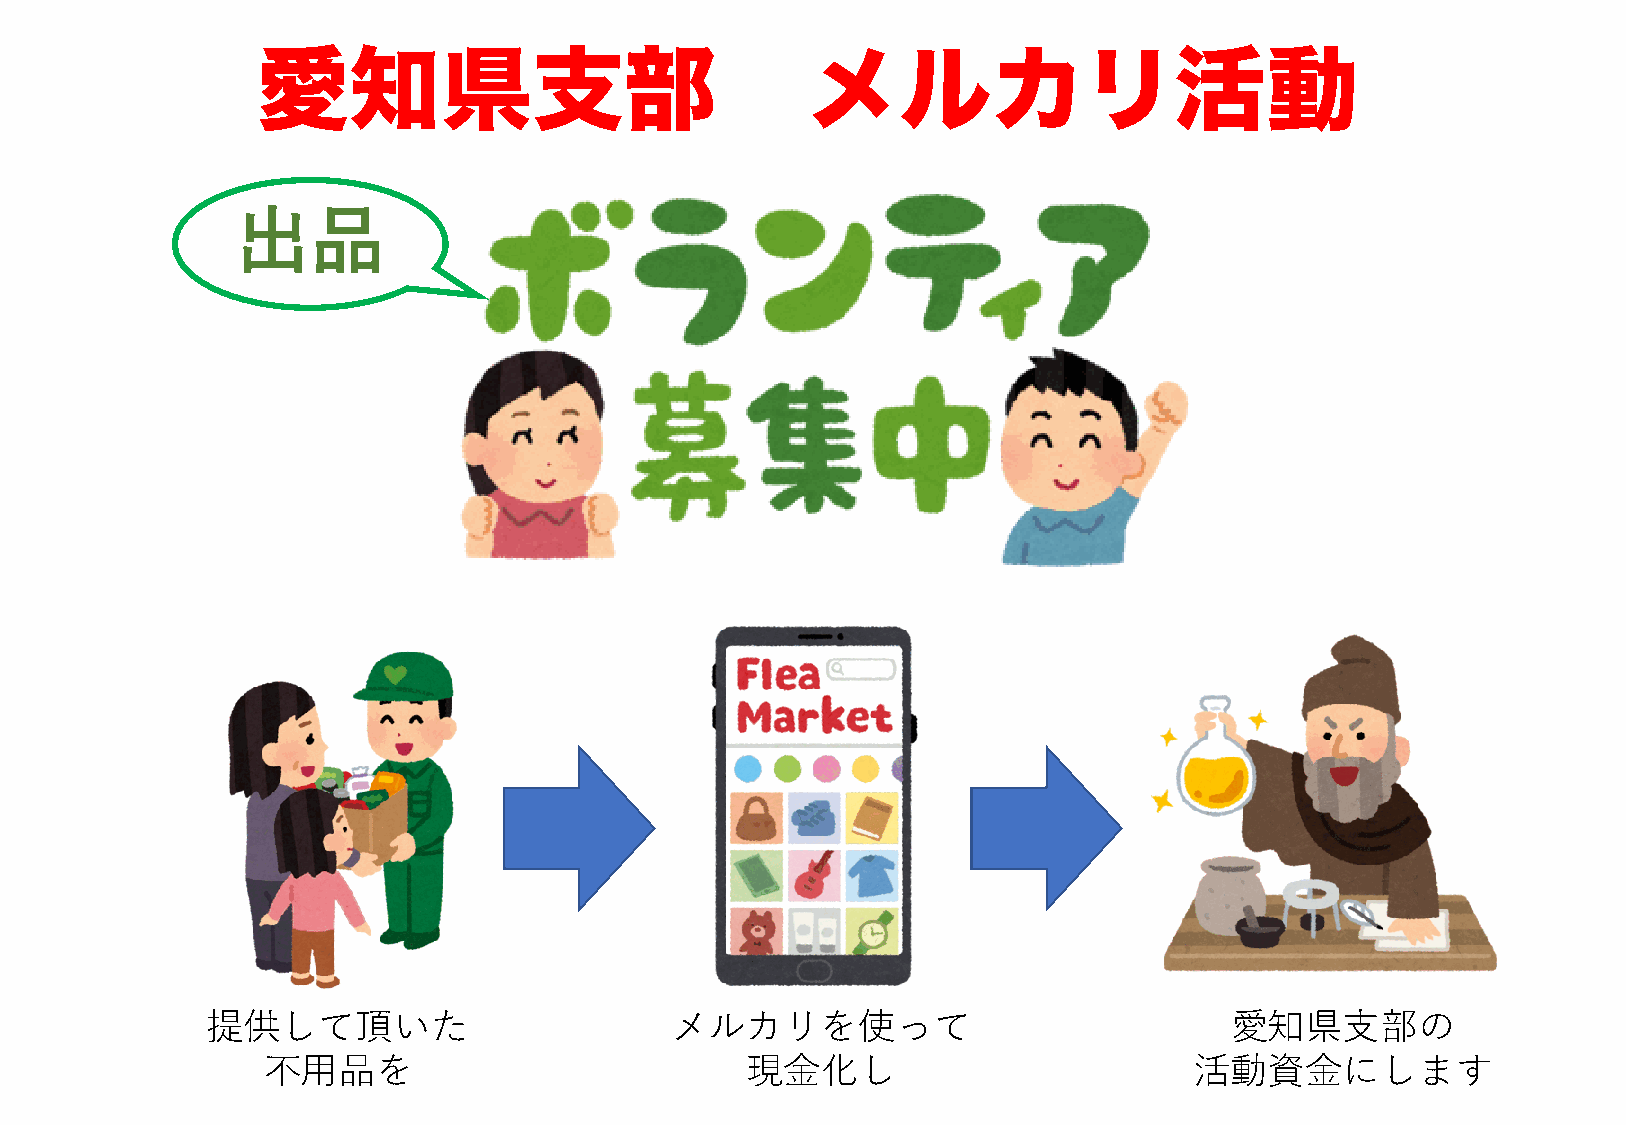
愛知県支部                               メルカリ活動
 出品
 提供して頂いた                       メルカリを使って                             愛知県⽀部の
 不⽤品を                            現⾦化し                          活動資⾦にします